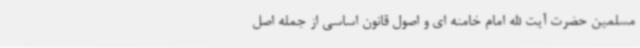
مسلمین حضرت آیت الله امام خامنه ای و اصول قانون اساسی از جمله اصل